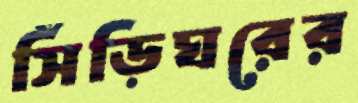
সিঁড়িঘরের